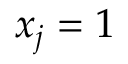
x _ { j } = 1